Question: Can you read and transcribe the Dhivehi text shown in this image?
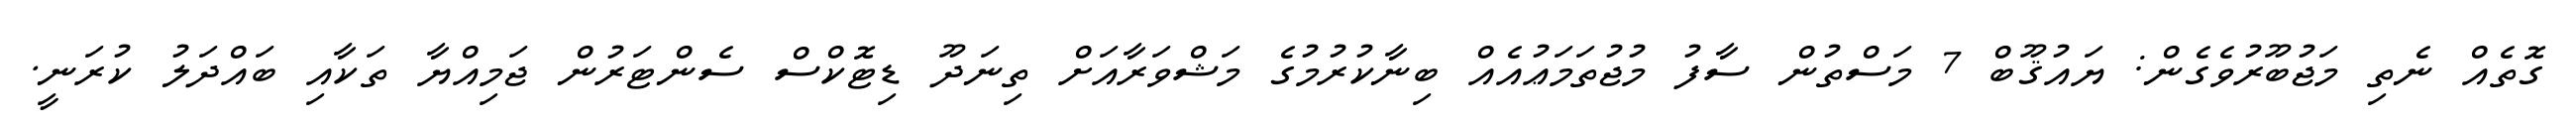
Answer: ގޮތެއް ނެތި މަޖުބޫރުވެގެން: ޔައުޤޫބް 7 މަސްތުން ސާފު މުޖުތަމަޢުއެއް ބިނާކުރުމުގެ މަޝްވަރާއަށް ތިނަދޫ ޑިޓޮކްސް ސެންޓަރުން ޖަމިއްޔާ ތަކާއި ބައްދަލު ކުރަނީ.